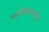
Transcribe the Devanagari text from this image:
गजच्छिदांधकछिदं